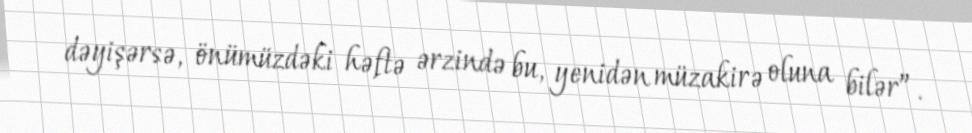
dəyişərsə, önümüzdəki həftə ərzində bu, yenidən müzakirə oluna bilər”.